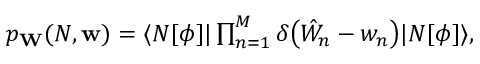
\begin{array} { r } { p _ { \mathbf { W } } ( N , \mathbf { w } ) = \langle N [ \phi ] | \prod _ { n = 1 } ^ { M } \delta \bigl ( \hat { W } _ { n } - { w } _ { n } \bigr ) | N [ \phi ] \rangle , } \end{array}